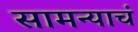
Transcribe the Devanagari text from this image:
सामन्याचं